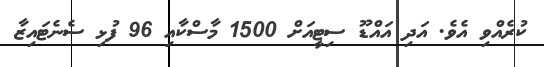
ކުރެއްވި އެވެ. އަދި އައްޑޫ ސިޓީއަށް 1500 މާސްކާއި 96 ފުޅި ސެނެޓައިޒާ